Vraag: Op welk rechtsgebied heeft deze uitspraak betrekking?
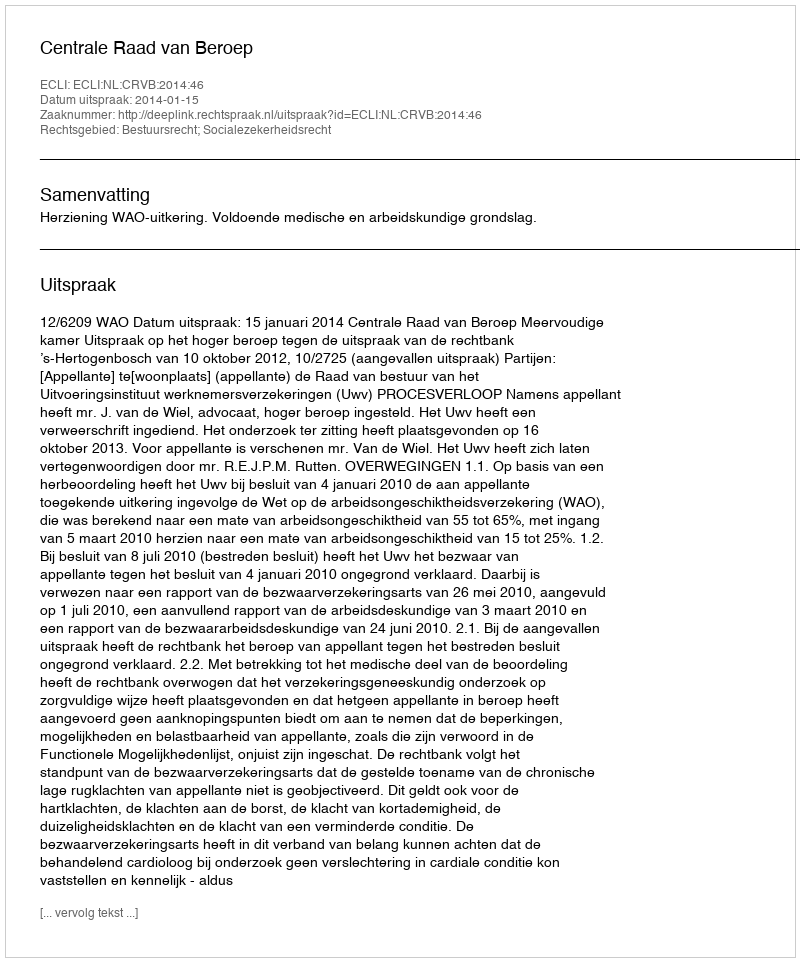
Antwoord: Bestuursrecht; Socialezekerheidsrecht